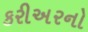
કરીઅરનો